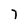
Character: 7